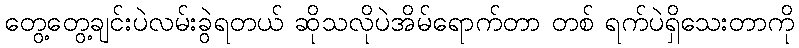
တွေ့တွေ့ချင်းပဲလမ်းခွဲရတယ် ဆိုသလိုပဲအိမ်ရောက်တာ တစ် ရက်ပဲရှိသေးတာကို